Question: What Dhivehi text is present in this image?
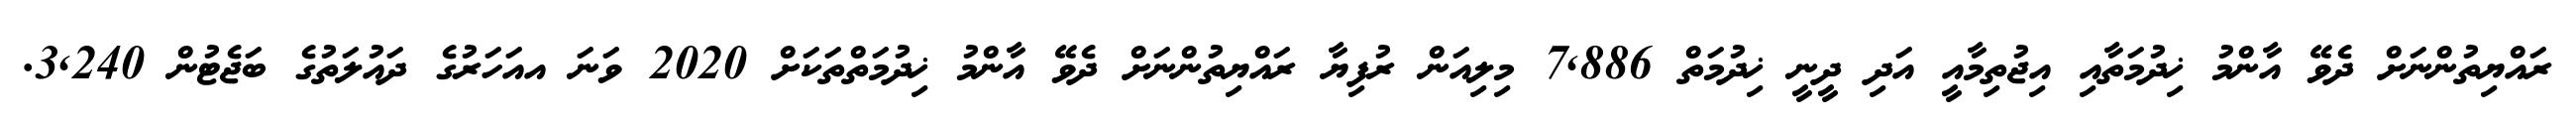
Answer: ރައްޔިތުންނަށް ދެވޭ އާންމު ޚިދުމަތާއި އިޖުތިމާއީ އަދި ދީނީ ޚިދުމަތް 7,886 މިލިއަން ރުފިޔާ ރައްޔިތުންނަށް ދެވޭ އާންމު ޚިދުމަތްތަކަށް 2020 ވަނަ އއަހަރުގެ ދައުލަތުގެ ބަޖެޓުން 3,240.